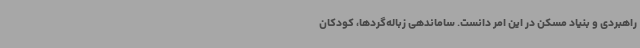
راهبردی و بنیاد مسکن در این امر دانست. ساماندهی زباله‌گردها، کودکان